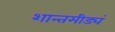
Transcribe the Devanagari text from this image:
शान्तमीड्यं